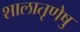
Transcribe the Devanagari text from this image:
शालातृणेषु